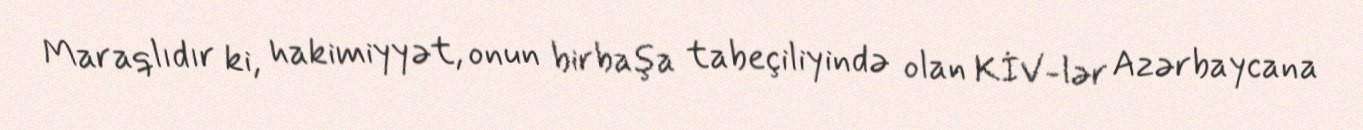
Maraqlıdır ki, hakimiyyət, onun birbaşa tabeçiliyində olan KİV-lər Azərbaycana